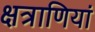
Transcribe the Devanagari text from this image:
क्षत्राणियां